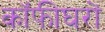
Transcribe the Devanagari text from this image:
कॉफीघरों